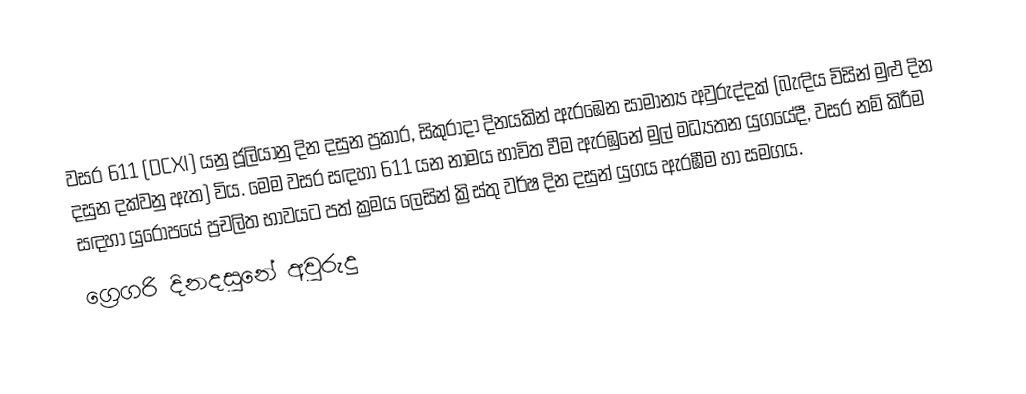
වසර  611 (DCXI) යනු ජූලියානු දින දසුන ප්‍රකාර,   සිකුරාදා දිනයකින් ඇරඹෙන සාමාන්‍ය අවුරුද්දක් (බැඳිය විසින් මුළු දින දසුන දක්වනු ඇත) විය. මෙම වසර සඳහා 611 යන නාමය භාවිත වීම ඇරඹුනේ මුල් මධ්‍යතන යුගයේදී, වසර නම් කිරීම සඳහා යුරෝපයේ ප්‍රචලිත භාවයට පත් ක්‍රමය ලෙසින් ක්‍රිස්තු වර්ෂ දින දසුන් යුගය ඇරඹීම හා සමගය.
ග්‍රෙගරි දිනදසුනේ අවුරුදු